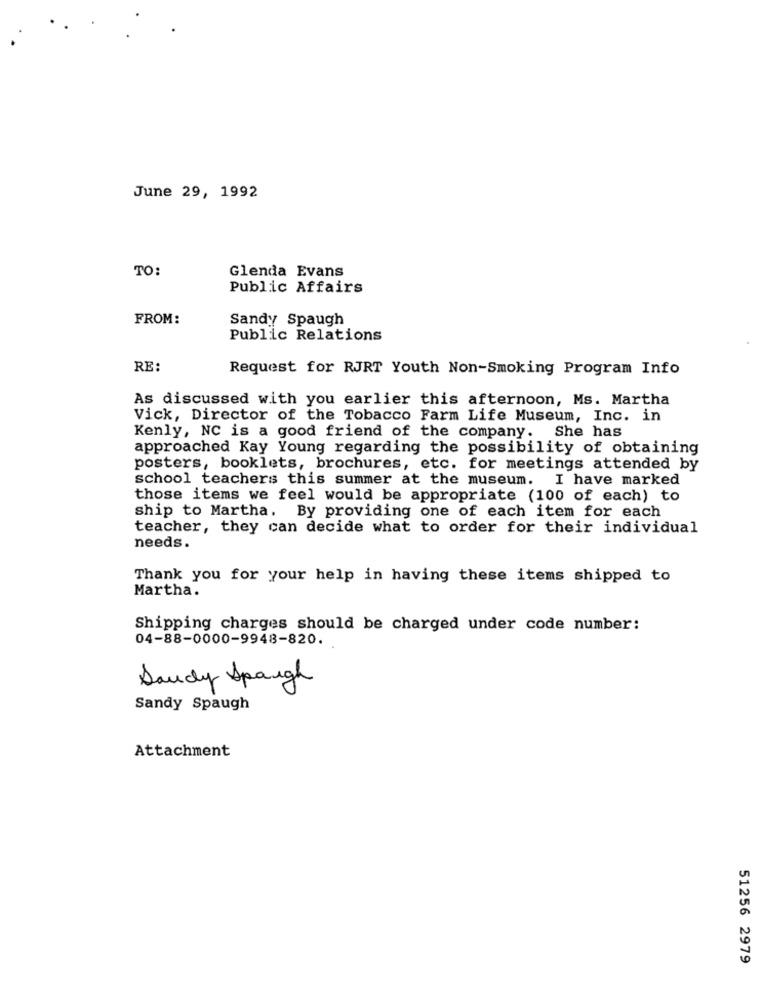
June 29, 1992
TO:
Glenda Evans
Public Affairs
FROM:
Sandy Spaugh
Public Relations
RE:
Request for RJRT Youth Non-Smoking Program Info
As discussed with you earlier this afternoon, Ms. Martha
Vick, Director of the Tobacco Farm Life Museum, Inc. in
Kenly, NC is a good friend of the company. She has
approached Kay Young regarding the possibility of obtaining
posters, booklets, brochures, etc. for meetings attended by
school teachers this summer at the museum. I have marked
those items we feel would be appropriate (100 of each) to
ship to Martha. By providing one of each item for each
teacher, they can decide what to order for their individual
needs.
Thank you for your help in having these items shipped to
Martha.
Shipping charges should be charged under code number:
04-88-0000-9948-820.
Saudy Spaugh
Sandy Spaugh
Attachment
51256 2979